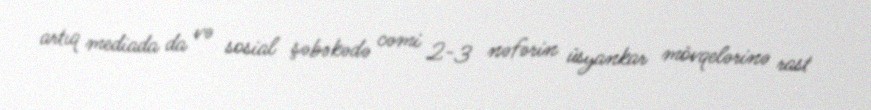
artıq mediada da və sosial şəbəkədə cəmi 2-3 nəfərin üsyankar mövqelərinə rast